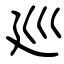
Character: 廵